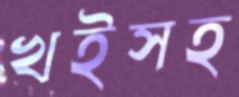
খইসহ